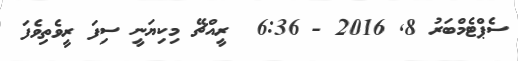
ސެޕްޓެމްބަރު 8